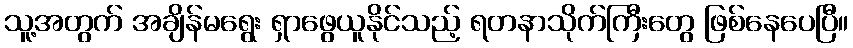
သူ့အတွက် အချိန်မရွေး ရှာဖွေယူနိုင်သည့် ရတနာသိုက်ကြီးတွေ ဖြစ်နေပေပြီ။